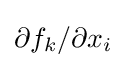
\partial f_{k}/\partial x_{i}